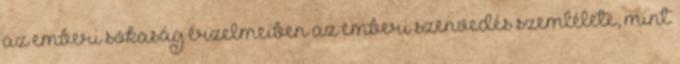
az emberi sokaság érzelmeiben az emberi szenvedés szemlélete, mint